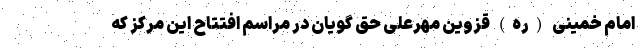
امام خمینی (ره) قزوین مهرعلی حق گویان در مراسم افتتاح این مرکز که